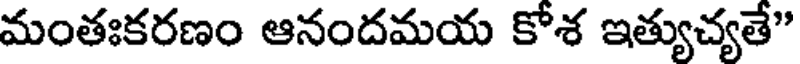
మంతఃకరణం ఆనందమయ కోశ ఇత్యుచ్యతే"